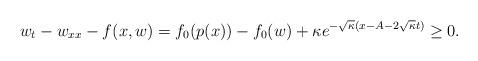
LaTeX: \begin{align*}w_t-w_{xx} -f(x,w) =f_0(p(x))-f_0(w)+ \kappa e^{-\sqrt{\kappa}(x-A-2\sqrt\kappa t)} \ge 0.\end{align*}